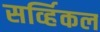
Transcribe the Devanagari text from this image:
सर्व्हिकल